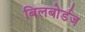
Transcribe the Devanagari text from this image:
बिलबोर्डज